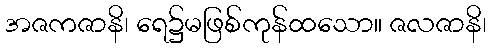
အဇကဇာနိ၊ ရေ၌မဖြစ်ကုန်ထသော။ ဇလဇာနိ၊